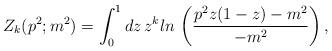
LaTeX: \begin{align*}Z_k(p^2;m^2)=\int_0^1dz\,z^kln\,\left( {\frac{p^2z(1-z)-m^2}{-m^2}}\right),\end{align*}